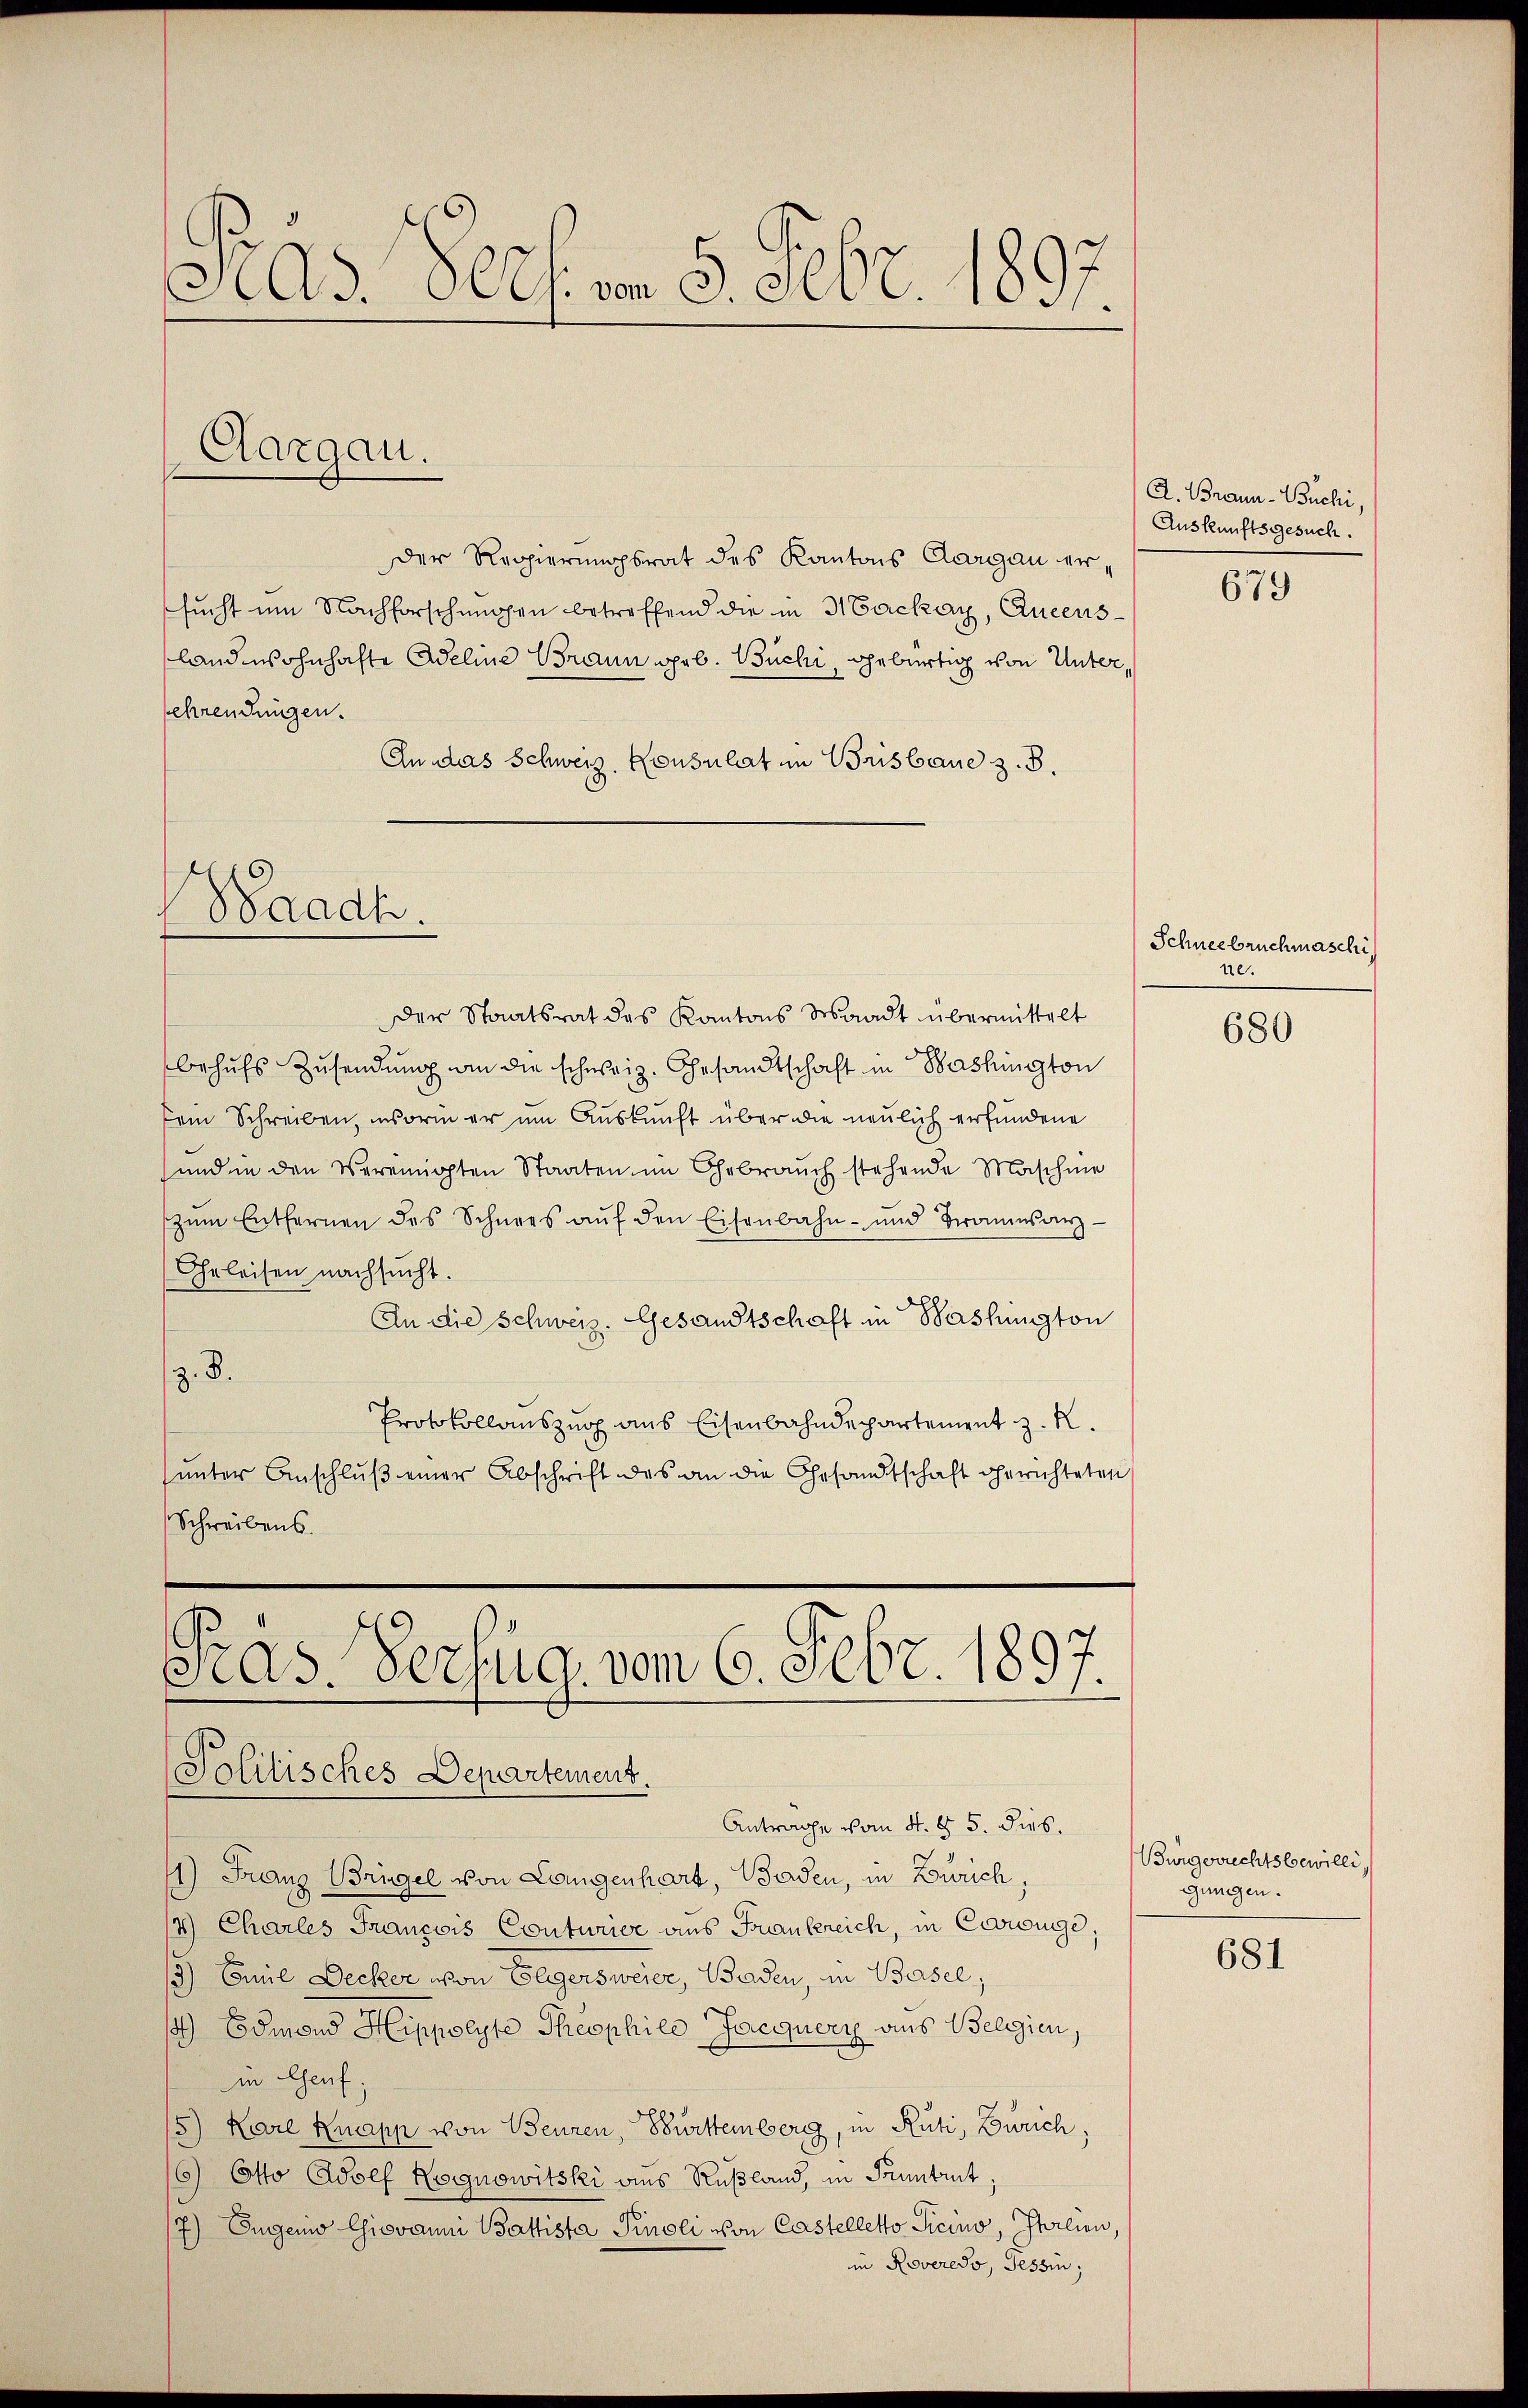
Pras Pech vom 5. Febr. 1897.

Aargau.

der Regierungsrat des Kantons Aargau ersucht um Nachforschungen betreffend die in Hackay, Queensland wohnhafte Adeline Braun geb. Büchi, gebürtig von Untersehrendungen.
An das Schweiz. Konsulat in Brisband z. B.

Saadh.

der Staatsrat des Kantons Waadt übermittelt
behufs Zusendung an die schweiz. Gesandtschaft in Washington
dem Schreiben, insorin er um Auskunft über die neulich erfundene
und in den Vereinigten Staaten im Gebrauch stehende Maschine
zŭm Entfernen des Schnees aŭf den Eisenbahn- und Braumsans-
Geleisen nachsucht.
An die Schweiz. Gesandtschaft in Washington
z. B.
Protokollauszug aus Eisenbahndepartement z. R.
ŭnter Anschlŭβ einer Abschrift des an die Gesandtschaft gerichteten
Schreibens
Pras. Verzug, vom 6. Febr. 1897.

Politisches Departement.

Antrage vom 4. §. 5. dies.
1) Franz Brügel von Langenhart, Baden, in Zürich,
14.) Charles François Conturice aus Frankreich, in Coowinge,
13) Emil Decker von Elggersweier, Baden, in Basel,
) Edmond Hippolyte Theophile Jacquery aus Belgien,
in Genf;
5) Karl Knapp von Beuren, Bürttemberg, in Rüti, Zürich,
6) Otto Josef Rognowitski aus Rußland, in Pruntrut,
7) Eugen Chiovanni Battista Pinoli von Castelletto Ticino, Italien,
in Roveredo, Tessin,

A. Braun- Büchi,
Auskunftsgesuch.

679

Schneebruchmaschi
ne.

680

Bürgerrechtsbewilli,
gungen.

681